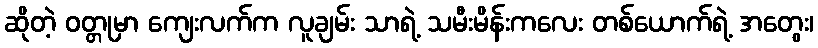
ဆိုတဲ့ ဝတ္တုမှာ ကျေးလက်က လူချမ်း သာရဲ့ သမီးမိန်းကလေး တစ်ယောက်ရဲ့ အတွေး၊